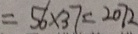
= 5 6 \times 3 7 = 2 0 7 2